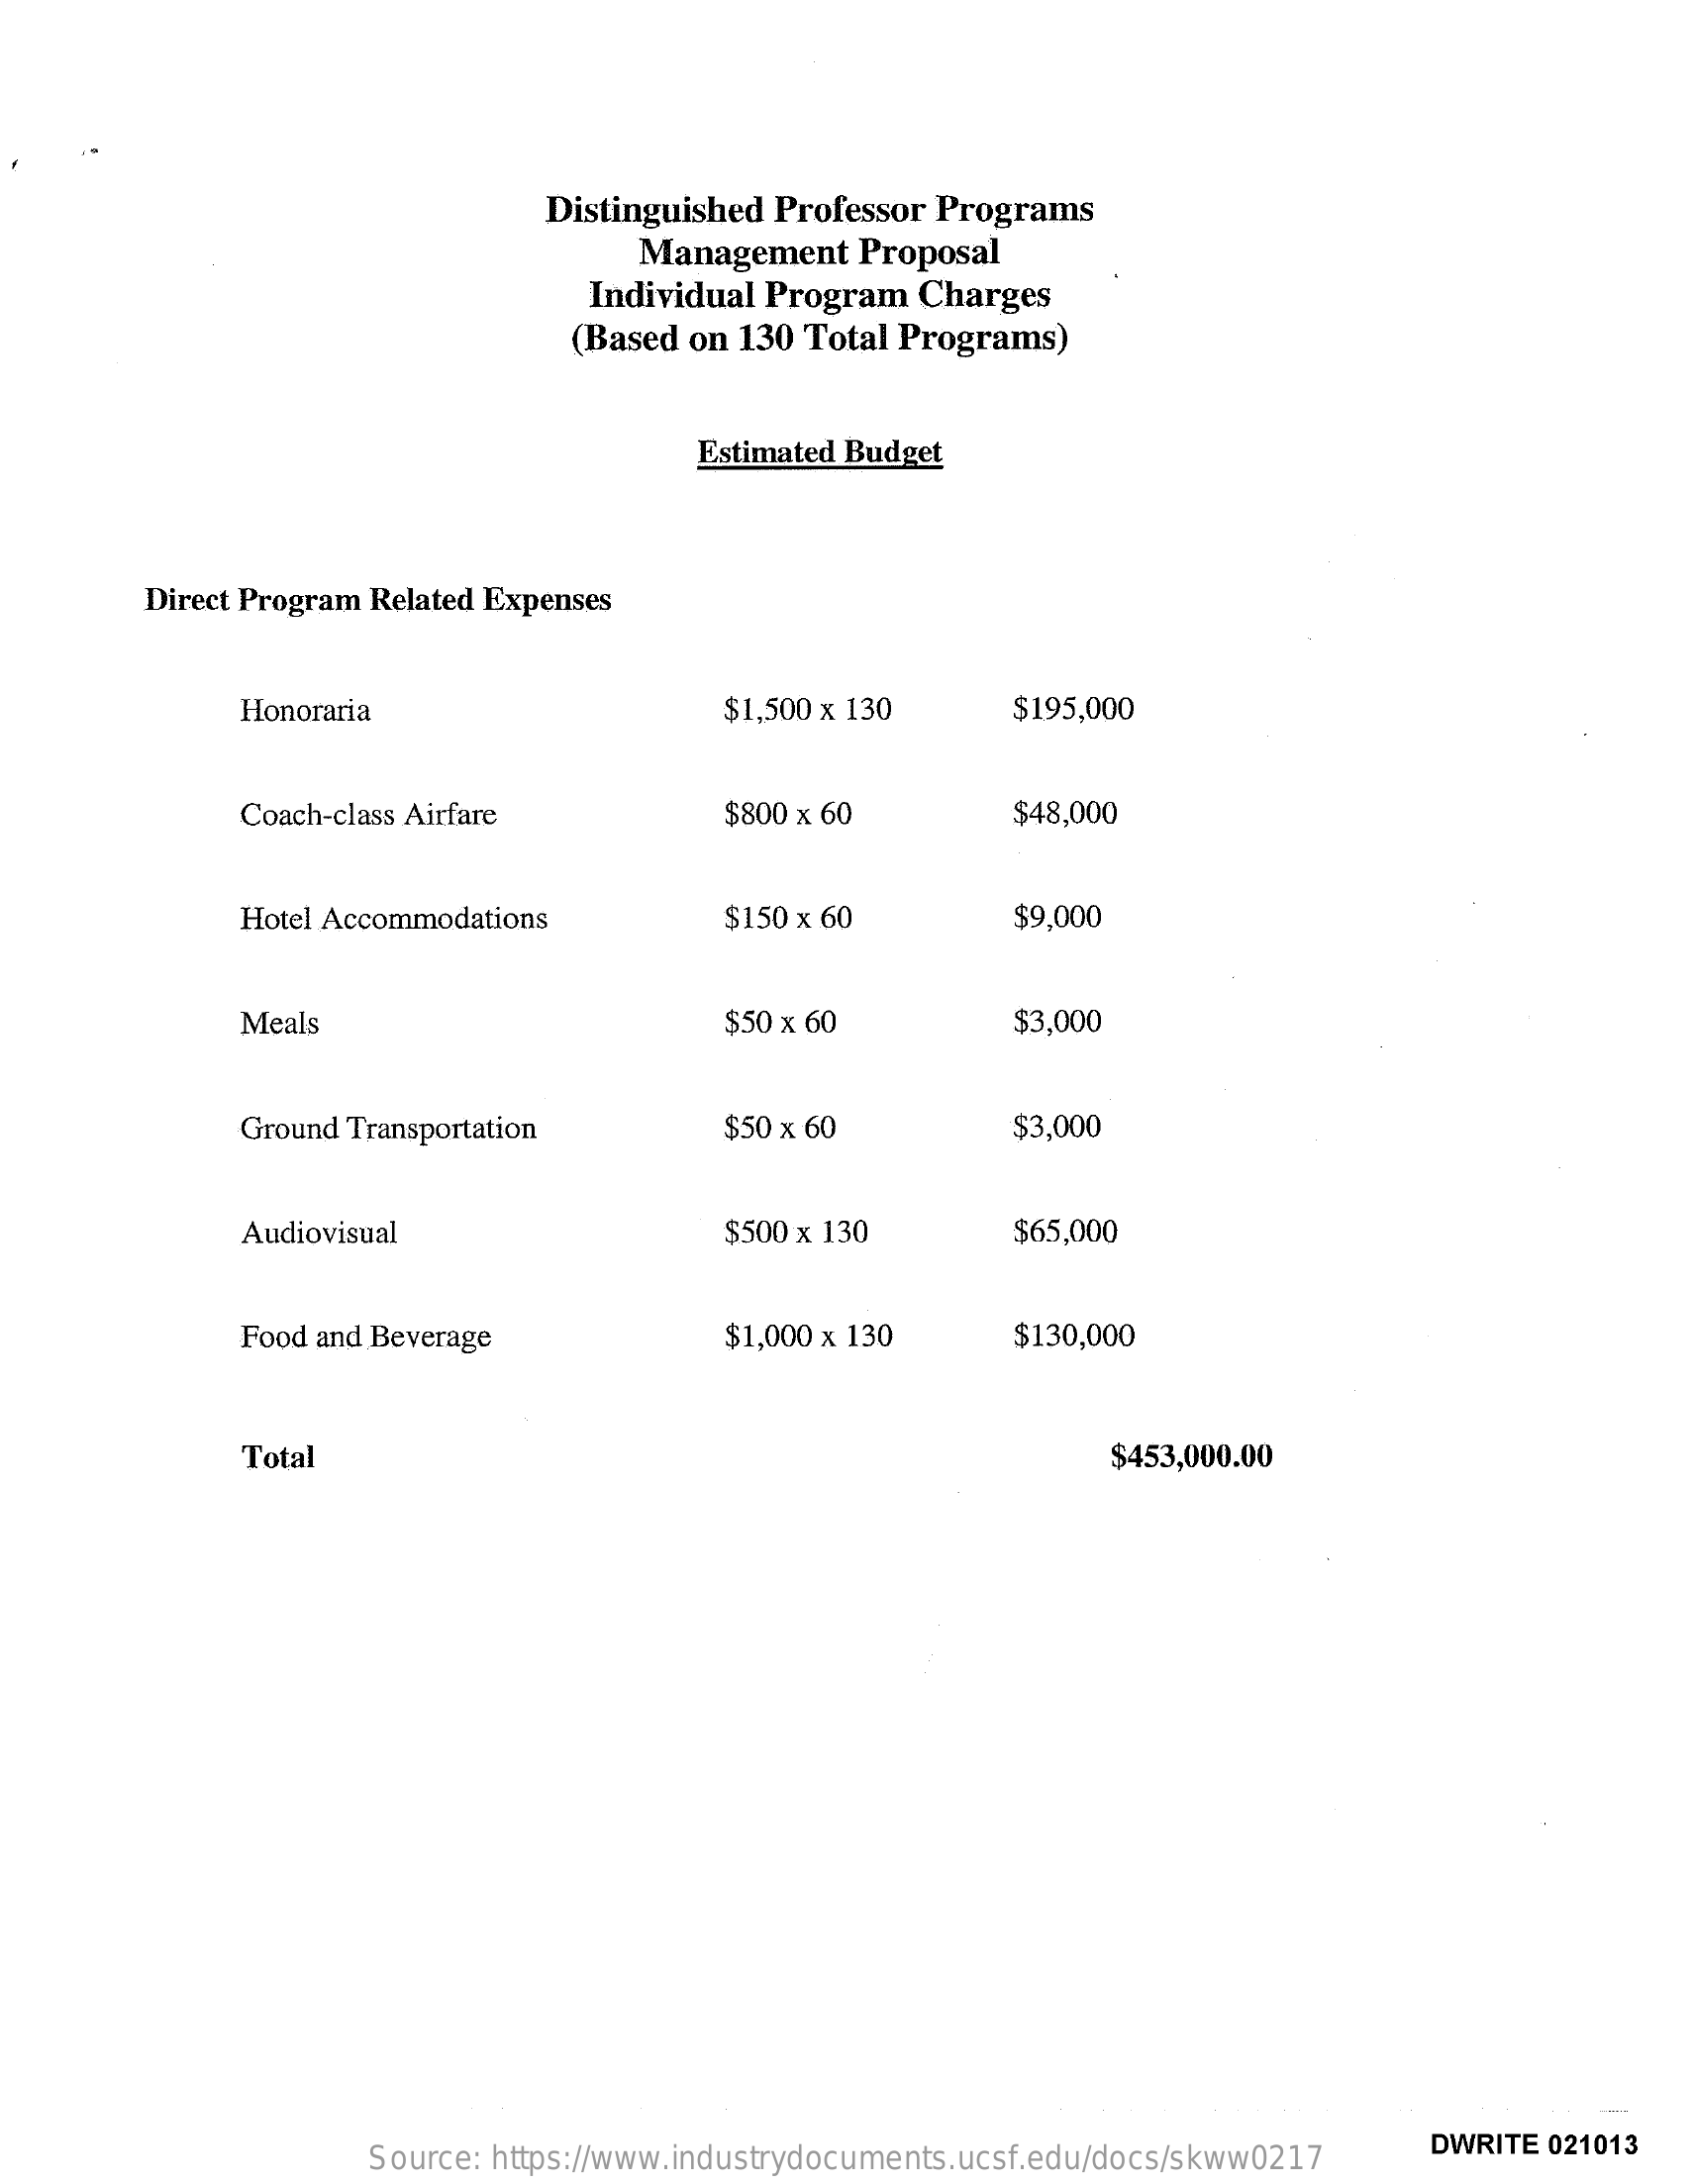
Distinguished Professor Programs
     Management   Proposal
     Individual Program  Charges
     (Based  on 130 Total Programs)
     Estimated Budget
     Direct Program Related Expenses
     Honoraria    $1,500 x 130    $195,000
     Coach-class Airfare    $800 x 60    $48,000
     Hotel Accommodations    $150 x 60    $9,000
     Meals    $50 x 60    $3,000
     Ground Transportation    $50 x 60    $3,000
     Audiovisual    $500 x 130    $65,000
     Food and Beverage    $1,000 x 130    $130,000
     Total    $453,000.00
     Source: https://www.industrydocuments.ucsf.edu/docs/skww0217
     DWRITE 021013